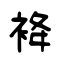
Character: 袶